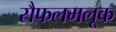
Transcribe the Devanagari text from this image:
सैफलमलूक